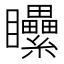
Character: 𥍔